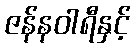
ဇန်နဝါရီနှင့်